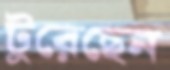
টুরেছেন